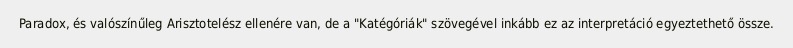
Paradox, és valószínűleg Arisztotelész ellenére van, de a "Katégóriák" szövegével inkább ez az interpretáció egyeztethető össze.